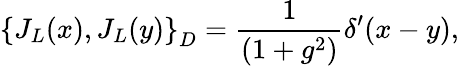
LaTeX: \left\{ J_{L}(x),J_{L}(y)\right\} _{D}=\frac{1}{(1+g^{2})}\delta^{\prime}(x-y),